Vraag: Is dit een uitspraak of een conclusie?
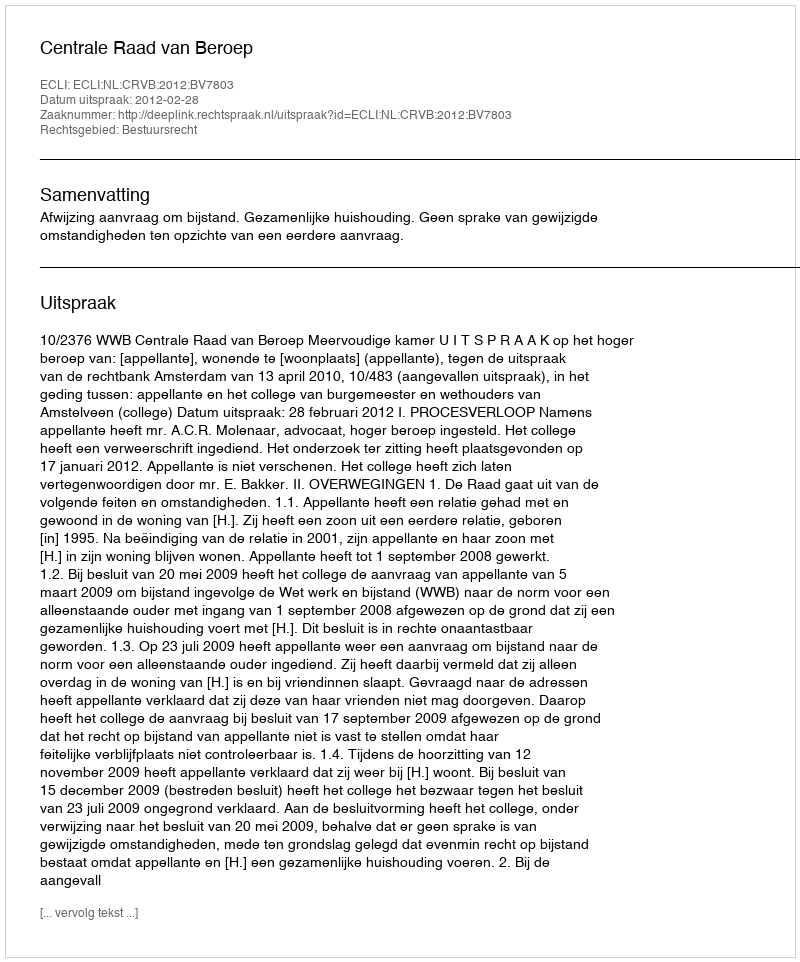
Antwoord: Uitspraak